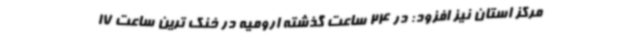
مرکز استان نیز افزود: در 24 ساعت گذشته ارومیه در خنک ترین ساعت 17